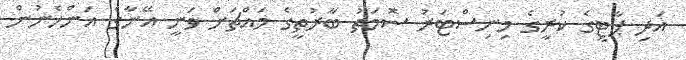
އަދި ޕާޓީގެ ކުރީގެ މިނިސްޓަރު ސޮމަތު ބާރުތީގެ މައްޗަށް ވަނީ އޭނާގެ އަންހެނުން